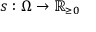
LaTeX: s : \Omega \to { \mathbb { R } _ { \geq 0 } }